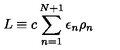
\! \! \! \! \! L \equiv c \sum _ { n = 1 } ^ { N + 1 } \epsilon _ { n } \rho _ { n }